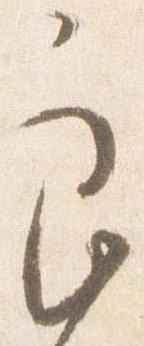
良